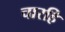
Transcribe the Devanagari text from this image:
चारहि